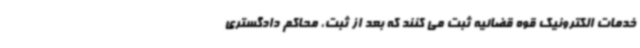
خدمات الکترونیک قوه قضائیه ثبت می کنند که بعد از ثبت، محاکم دادگستری